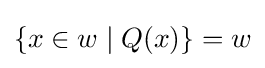
\{x\in w\mid Q(x)\}=w